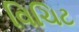
વિચિટ